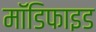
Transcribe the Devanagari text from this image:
माॅडिफाइड